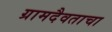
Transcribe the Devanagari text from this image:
ग्रामदैवताचा